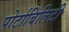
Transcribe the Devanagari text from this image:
पोर्टाबिलिटी